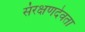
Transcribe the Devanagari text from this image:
संरक्षणदेवता